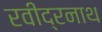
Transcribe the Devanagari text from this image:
रवीद्रनाथ